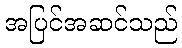
အပြင်အဆင်သည်